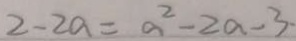
2 - 2 a = a ^ { 2 } - 2 a - 3 \cdot